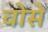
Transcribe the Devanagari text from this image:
वोसे